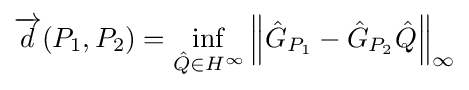
{\overrightarrow {d}}(P_{1},P_{2})=\inf _{{\hat {Q}}\in H^{\infty }}\left\|{\hat {G}}_{P_{1}}-{\hat {G}}_{P_{2}}{\hat {Q}}\right\|_{\infty }